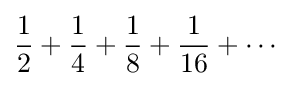
{\frac {1}{2}}+{\frac {1}{4}}+{\frac {1}{8}}+{\frac {1}{16}}+\cdots